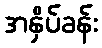
အနှိပ်ခန်း